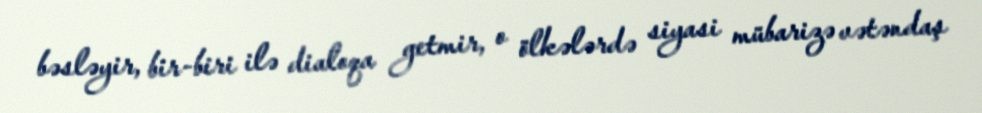
bəsləyir, bir-biri ilə dialoqa getmir, o ölkələrdə siyasi mübarizə vətəndaş